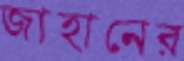
জাহানের